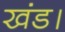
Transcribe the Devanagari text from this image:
खंड।